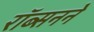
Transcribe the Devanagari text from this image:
रॉब्सनने